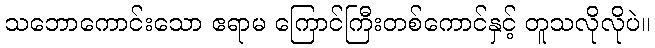
သဘောကောင်းသော ဧရာမ ကြောင်ကြီးတစ်ကောင်နှင့် တူသလိုလိုပဲ။